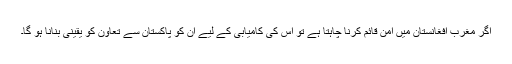
اگر مغرب افغانستان میں امن قائم کرنا چاہتا ہے تو اِس کی کامیابی کے لیے اِن کو پاکستان سے تعاون کو یقینی بنانا ہو گا۔